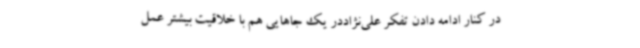
در کنار ادامه دادن تفکر علی‌نژاددر یک جاهایی هم با خلاقیت بیشتر عمل